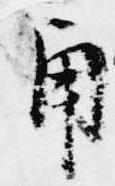
角